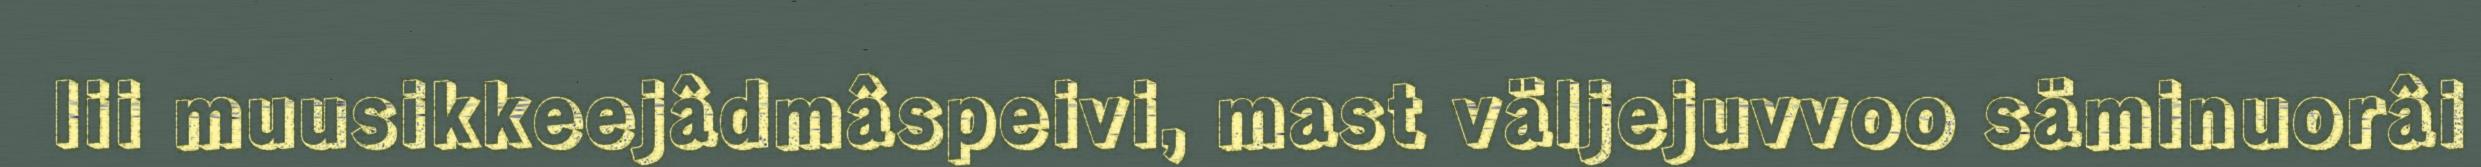
lii muusikkeejâdmâspeivi, mast väljejuvvoo säminuorâi